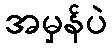
အမှန်ပဲ